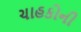
ચાહકોની